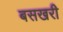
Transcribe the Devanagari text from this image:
बसखरी